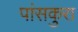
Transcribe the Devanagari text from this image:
पांसकुरा